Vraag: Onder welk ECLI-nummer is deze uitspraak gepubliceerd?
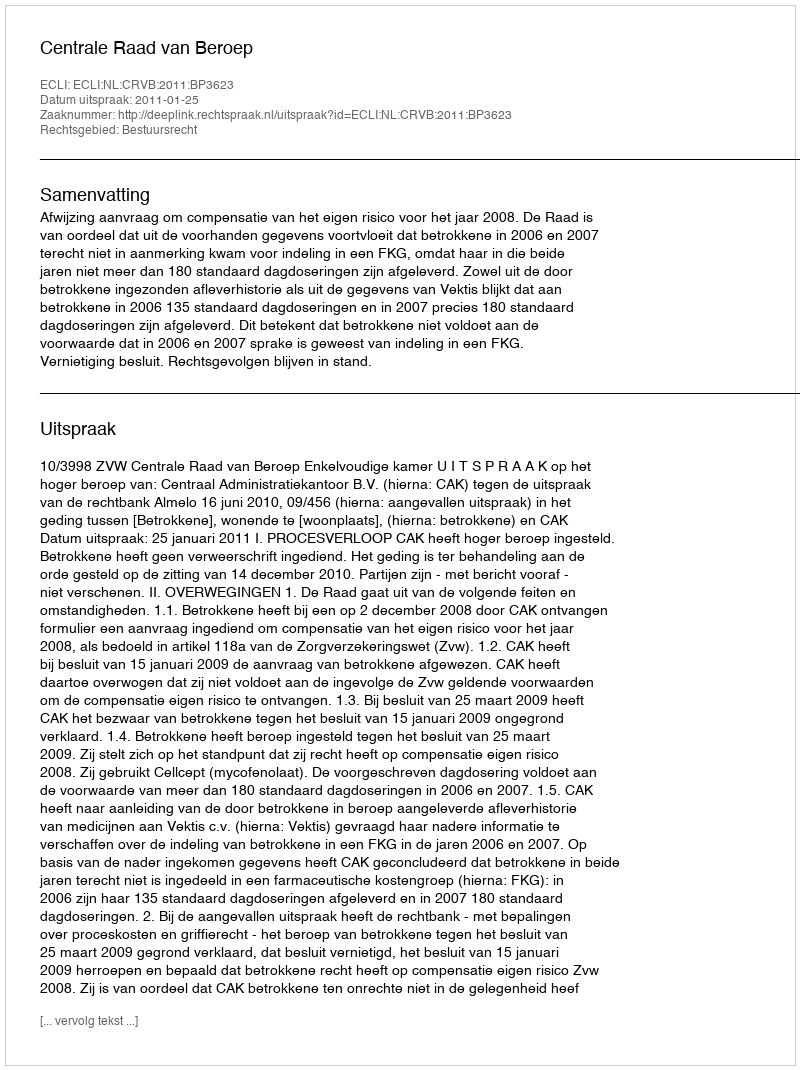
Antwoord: ECLI:NL:CRVB:2011:BP3623